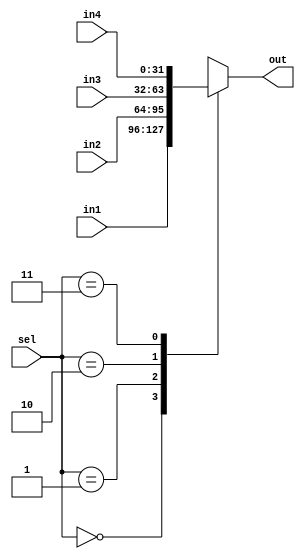

`timescale 1ns/1ns

module Mux4_1 (
    sel,
    in1,
    in2,
    in3,
    in4,
    out
);

    input [1:0] sel;
    input [31:0] in1, in2, in3, in4;
    output reg [31:0] out;
    
    always @(*) begin
        case(sel)
            2'b00: out = in1;
            2'b01: out = in2;
            2'b10: out = in3;
            2'b11: out = in4;
        endcase
    end
    
endmodule